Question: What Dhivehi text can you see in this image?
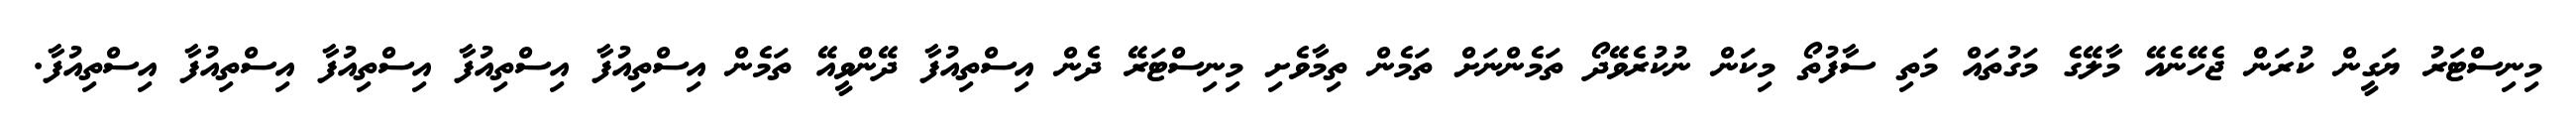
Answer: މިނިސްޓަރު ޔަގީން ކުރަން ޖެހޭނެއޭ މާލޭގެ މަގުތައް މަތި ސާފުތޯ މިކަން ނުކުރެވޭދޯ ތަމެންނަށް ތަމެން ތިމާވެށި މިނިސްޓަރޭ ދެން އިސްތިއުފާ ދޭންވީއޭ ތަމެން އިސްތިއުފާ އިސްތިއުފާ އިސްތިއުފާ އިސްތިއުފާ އިސްތިއުފާ.